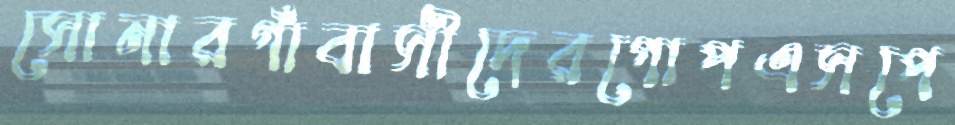
সোনারগাঁবাসীদেরগোপএসপে